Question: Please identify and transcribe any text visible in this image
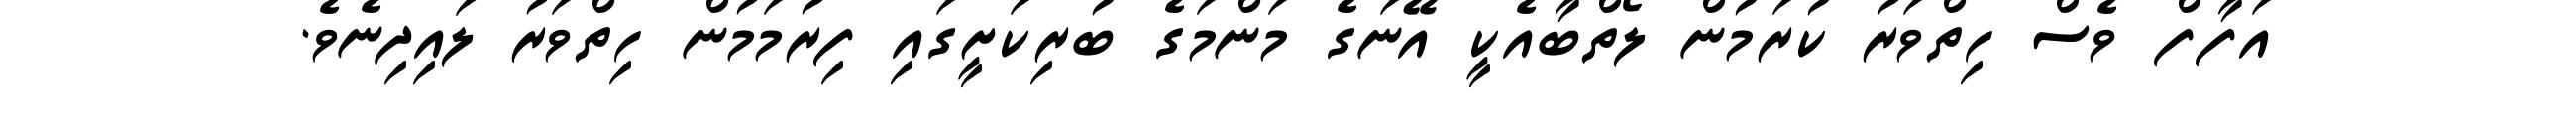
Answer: އަފާފް ވެސް ހިތްވަރު ކުރަމުން ލޯތްބާއެކީ އޭނަގެ މަންމަގެ ބުރިކަށީގައި ފިރުމަމުން ހިތްވަރު ލައިދިނެވެ.